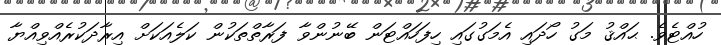
ހުއްޓެވެ. ޙައްޤު މަގު ހޯދައި އެމަގުގައި ހިފަހައްޓަން ބޭނުންވާ ފަރާތްތަކުން ކަލެއަކަށް އިރާދަކުރެއްވިއްޔާ